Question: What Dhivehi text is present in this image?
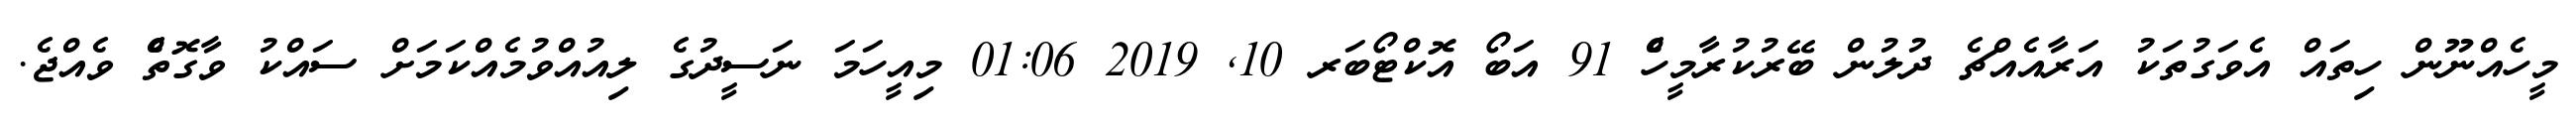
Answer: މީހެއްނޫން ހިތައް އެވަގުތަކު އަރާއެއްޗެ ދުލުން ބޭރުކުރާމީހެް 91 އަބޯ އޮކްޓޯބަރ 10, 2019 01:06 މިއީހަމަ ނަސީދުގެ ލިއުއްވުމެއްކަމަށް ސައްކު ވާގޮތެް ވެއްޖެ.